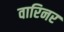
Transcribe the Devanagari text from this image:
वारिनर